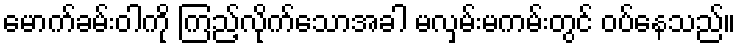
မောက်ခမ်းဝါကို ကြည့်လိုက်သောအခါ မလှမ်းမကမ်းတွင် ဝပ်နေသည်။